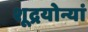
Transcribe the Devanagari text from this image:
शूद्रयोन्यां